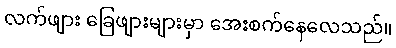
လက်ဖျား ခြေဖျားများမှာ အေးစက်နေလေသည်။